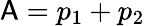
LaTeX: \mathsf{A}=p_{1}+p_{2}